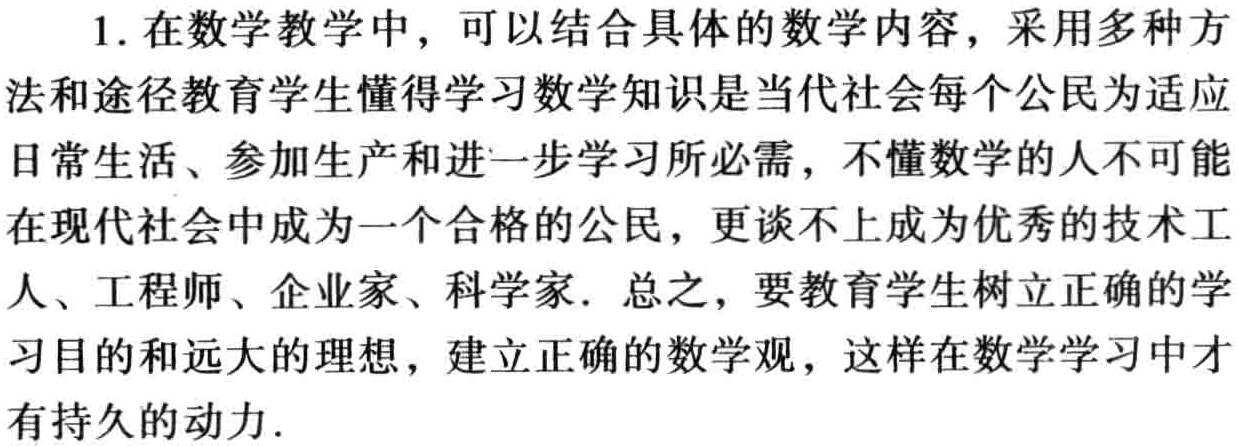
1. 在数学教学中，可以结合具体的数学内容，采用多种方法和途径教育学生懂得学习数学知识是当代社会每个公民为适应日常生活、参加生产和进一步学习所必需，不懂数学的人不可能在现代社会中成为一个合格的公民，更谈不上成为优秀的技术工人、工程师、企业家、科学家. 总之，要教育学生树立正确的学习目的和远大的理想，建立正确的数学观，这样在数学学习中才有持久的动力.